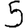
Digit: 5